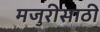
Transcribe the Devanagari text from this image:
मजुरीसाठी